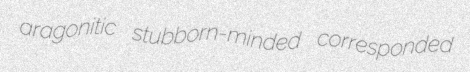
aragonitic stubborn-minded corresponded